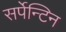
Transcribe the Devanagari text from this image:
सर्पेन्टिन